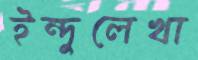
ইন্দুলেখা